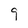
Character: 9